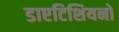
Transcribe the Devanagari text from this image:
डाएटिशियनों